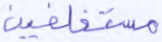
مستخلفين